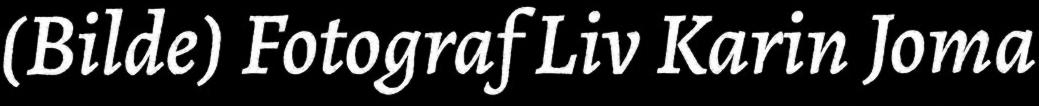
(Bilde) Fotograf Liv Karin Joma